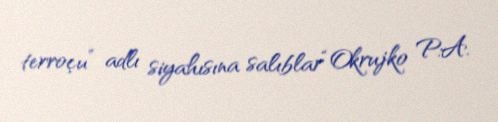
terroçu” adlı siyahısına salıblar“Okrujko P.A.